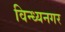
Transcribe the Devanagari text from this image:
विन्ध्यनगर